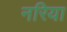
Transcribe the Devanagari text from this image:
नरिया